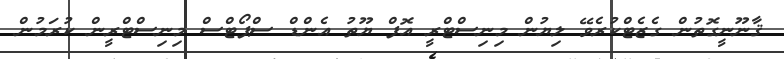
ޤާނޫނީގޮތުން ގެޒެޓްކުރެވޭ ލިޔުން މިނިސްޓްރީ އޮފް ޔޫތު އެންޑް ސްޕޯޓްސް މިނިސްޓްރީން ކުރަމުން